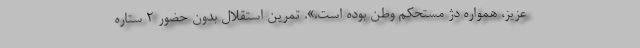
عزیز، همواره دژ مستحکم وطن بوده است.». تمرین استقلال بدون حضور ۲ ستاره